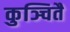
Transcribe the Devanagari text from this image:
कुञ्चितै